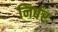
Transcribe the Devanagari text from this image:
निर्बर